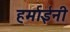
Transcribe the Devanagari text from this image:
हर्माईनी